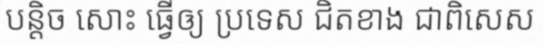
បន្តិច សោះ ធ្វើឲ្យ ប្រទេស ជិតខាង ជាពិសេស